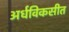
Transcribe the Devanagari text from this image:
अर्धविकसीत